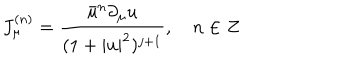
LaTeX: J _ { \mu } ^ { ( n ) } = \frac { \bar { u } ^ { n } \partial _ { \mu } u } { ( 1 + | u | ^ { 2 } ) ^ { j + 1 } } , \quad n \in Z